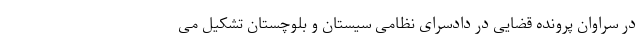
در سراوان پرونده قضایی در دادسرای نظامی سیستان و بلوچستان تشکیل می